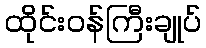
ထိုင်းဝန်ကြီးချုပ်